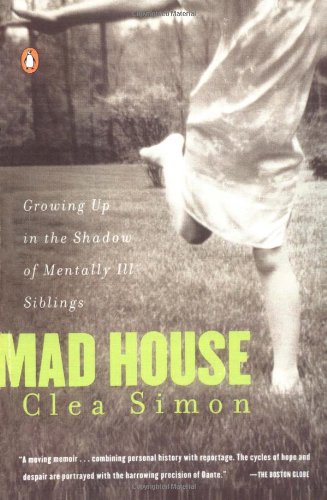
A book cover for Mad House: Growing Up in the Shadow of Mentally Ill Siblings; Clea Simon; Parenting & Relationships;